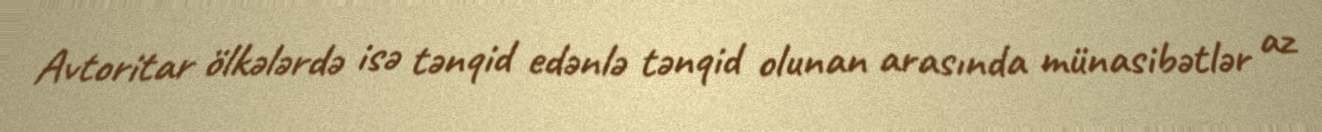
Avtoritar ölkələrdə isə tənqid edənlə tənqid olunan arasında münasibətlər az